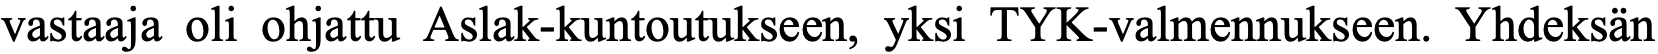
vastaaja oli ohjattu Aslak-kuntoutukseen, yksi TYK-valmennukseen. Yhdeksän